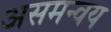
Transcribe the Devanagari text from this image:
असमन्वय